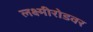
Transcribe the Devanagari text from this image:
लक्ष्मीरोडवर